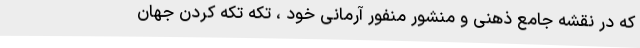
که در نقشه جامع ذهنی و منشور منفور آرمانی خود ، تکه تکه کردن جهان